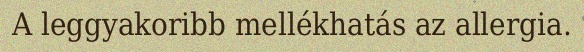
A leggyakoribb mellékhatás az allergia.